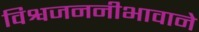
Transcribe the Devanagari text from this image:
विश्वजननीभावाने